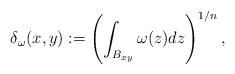
LaTeX: \begin{align*}\delta_\omega(x,y):=\left(\int_{B_{xy}}\omega(z)dz\right)^{1/n},\end{align*}